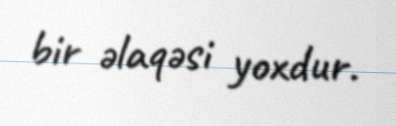
bir əlaqəsi yoxdur.